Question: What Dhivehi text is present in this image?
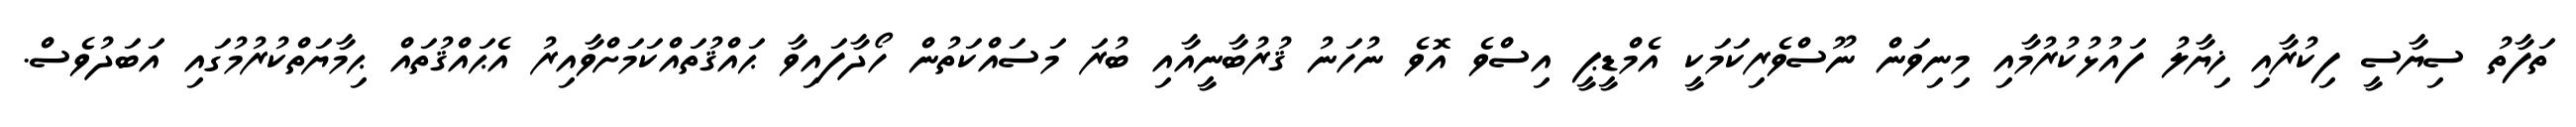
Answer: ތަފާތު ސިޔާސީ ފިކުރާއި ޚިޔާލު ފައުޅުކުރުމާއި މިނިވަން ނޫސްވެރިކަމަކީ އެމްޑީޕީ އިސްވެ އޮވެ ނުހަނު ޤުރުބާނީއާއި ބުރަ މަސައްކަތުން ހޯދާފައިވާ ޙައްޤުތައްކަމަށްވާއިރު އެޙައްޤުތައް ޙިމާޔަތްކުރުމުގައި އަބަދުވެސް.